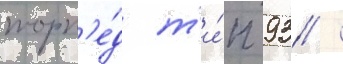
торп'е́д т'и́п 93 /